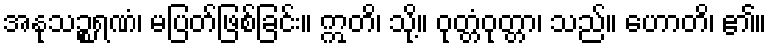
အနုသဉ္စရဏံ၊ မပြတ်ဖြစ်ခြင်း။ ဣတိ၊ သို့။ ဝုတ္တံဝုတ္တာ၊ သည်။ ဟောတိ၊ ၏။